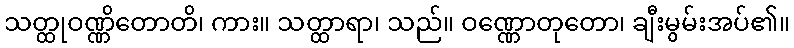
သတ္ထုဝဏ္ဏိတောတိ၊ ကား။ သတ္ထာရာ၊ သည်။ ဝဏ္ဏောတုတော၊ ချီးမွမ်းအပ်၏။